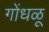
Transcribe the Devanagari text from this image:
गोंधळू